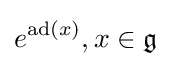
e^{\operatorname {ad} (x)},x\in {\mathfrak {g}}